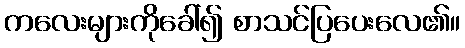
ကလေးများကိုခေါ်၍ စာသင်ပြပေးလေ၏။